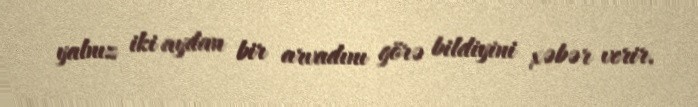
yalnız iki aydan bir arvadını görə bildiyini xəbər verir.